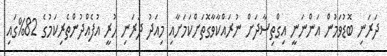
ދަރަނި ބޮޑުވަމުން އަންނަނީ އިގްތިސާދަށް ނުރައްކާވާގޮތަށްކަމަށާއި މިއަދު ދަރަނި ހުރީ އުފެއްދުންތެރިކަމުގެ 82%ގަައި